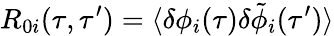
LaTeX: R_{0i}(\tau,\tau^{\prime})=\langle\delta\phi_{i}(\tau)\delta\tilde{\phi}_{i}(\tau^{\prime})\rangle